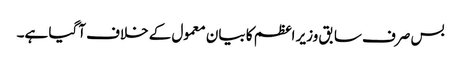
بس صرف سابق وزیر اعظم کا بیان معمول کے خلاف آگیا ہے۔